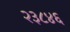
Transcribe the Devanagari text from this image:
२३८४६